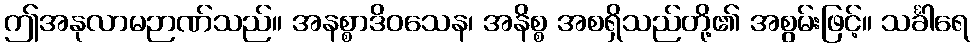
ဤအနုလာမဉာဏ်သည်။ အနစ္စာဒိဝသေန၊ အနိစ္စ အစရှိသည်တို့၏ အစွမ်းဖြင့်။ သင်္ခါရေ